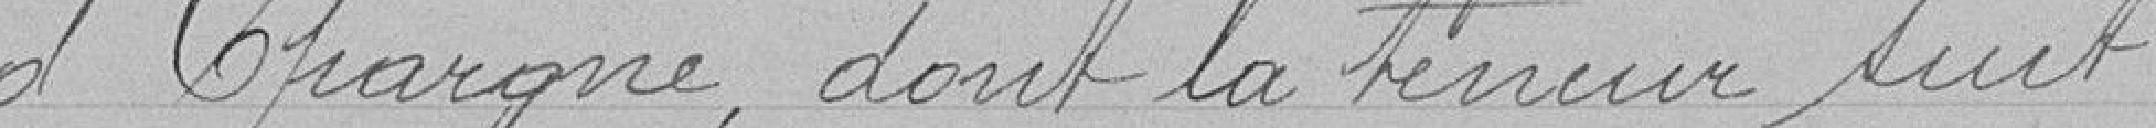
d'Épargne, dont la teneur suit: